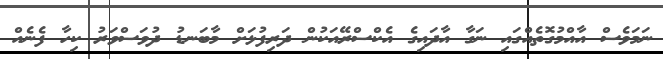
ނަމަވެސް އާއްމުގޮތެއްގައި ނަގާ އާދައިގެ އެކްސްރޭއަކުން ދަރިފުޅަށް މާބަނޑު ދުވަސްވަރު ކިހާ ފެނެއް